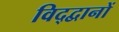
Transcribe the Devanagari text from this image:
विद्द्वानों